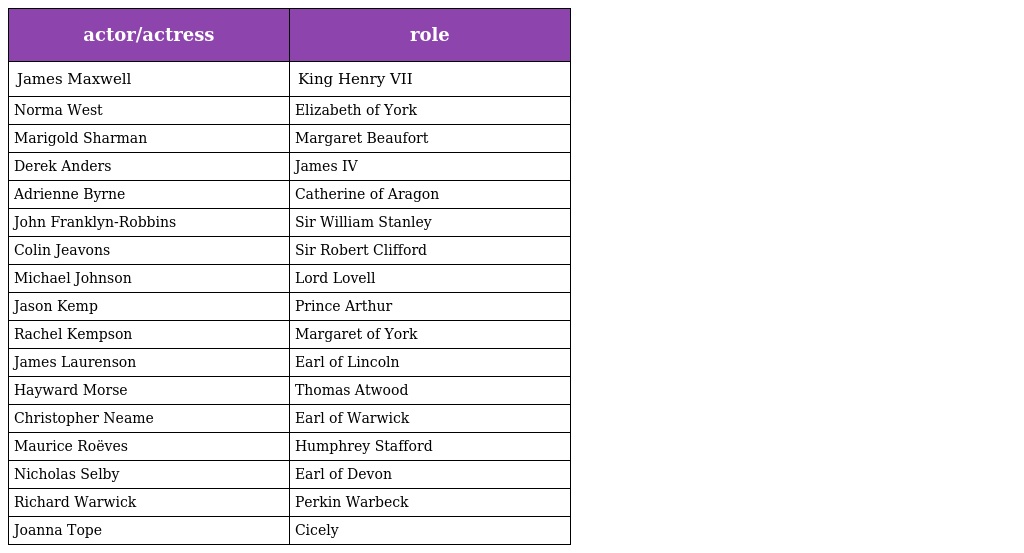
| actor/actress | role |
 | --- | --- |
 | James Maxwell | King Henry VII |
 | Norma West | Elizabeth of York |
 | Marigold Sharman | Margaret Beaufort |
 | Derek Anders | James IV |
 | Adrienne Byrne | Catherine of Aragon |
 | John Franklyn-Robbins | Sir William Stanley |
 | Colin Jeavons | Sir Robert Clifford |
 | Michael Johnson | Lord Lovell |
 | Jason Kemp | Prince Arthur |
 | Rachel Kempson | Margaret of York |
 | James Laurenson | Earl of Lincoln |
 | Hayward Morse | Thomas Atwood |
 | Christopher Neame | Earl of Warwick |
 | Maurice Roëves | Humphrey Stafford |
 | Nicholas Selby | Earl of Devon |
 | Richard Warwick | Perkin Warbeck |
 | Joanna Tope | Cicely |